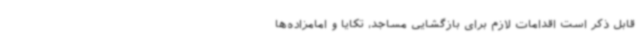
قابل ذکر است اقدامات لازم برای بازگشایی مساجد، تکایا و امامزاده‌ها